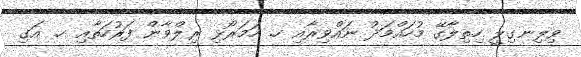
ވިލިނގިލީ ހިތިލާގޭ މުހައްމަދު ނައްވިރާއި ހ. ހަމަރޯޅި ރިލްވާން ފަރުހަތާއި ހ. އަގި